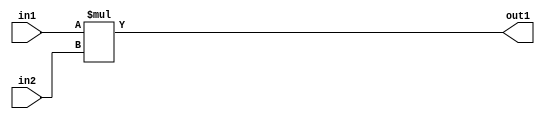
`timescale 1ps / 1ps
/*****************************************************************************
    Verilog RTL Description
    
    
    Created by: Stratus DpOpt 21.05.01 
*******************************************************************************/

module SobelFilter_Mul_32Ux32U_32U_4 (
	in2,
	in1,
	out1
	); /* architecture "behavioural" */ 
input [31:0] in2,
	in1;
output [31:0] out1;
wire [31:0] asc001;

assign asc001 = 
	+(in1 * in2);

assign out1 = asc001;
endmodule

/* CADENCE  urnzSAE= : u9/ySxbfrwZIxEzHVQQV8Q== ** DO NOT EDIT THIS LINE ******/